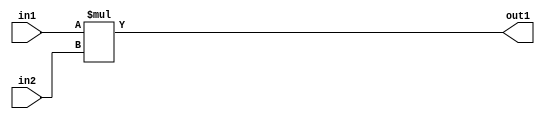
`timescale 1ps / 1ps
/*****************************************************************************
    Verilog RTL Description
    
    
    Created by: Stratus DpOpt 21.05.01 
*******************************************************************************/

module SobelFilter_Mul_32Ux32U_32U_4 (
	in2,
	in1,
	out1
	); /* architecture "behavioural" */ 
input [31:0] in2,
	in1;
output [31:0] out1;
wire [31:0] asc001;

assign asc001 = 
	+(in1 * in2);

assign out1 = asc001;
endmodule

/* CADENCE  urnzSAE= : u9/ySxbfrwZIxEzHVQQV8Q== ** DO NOT EDIT THIS LINE ******/